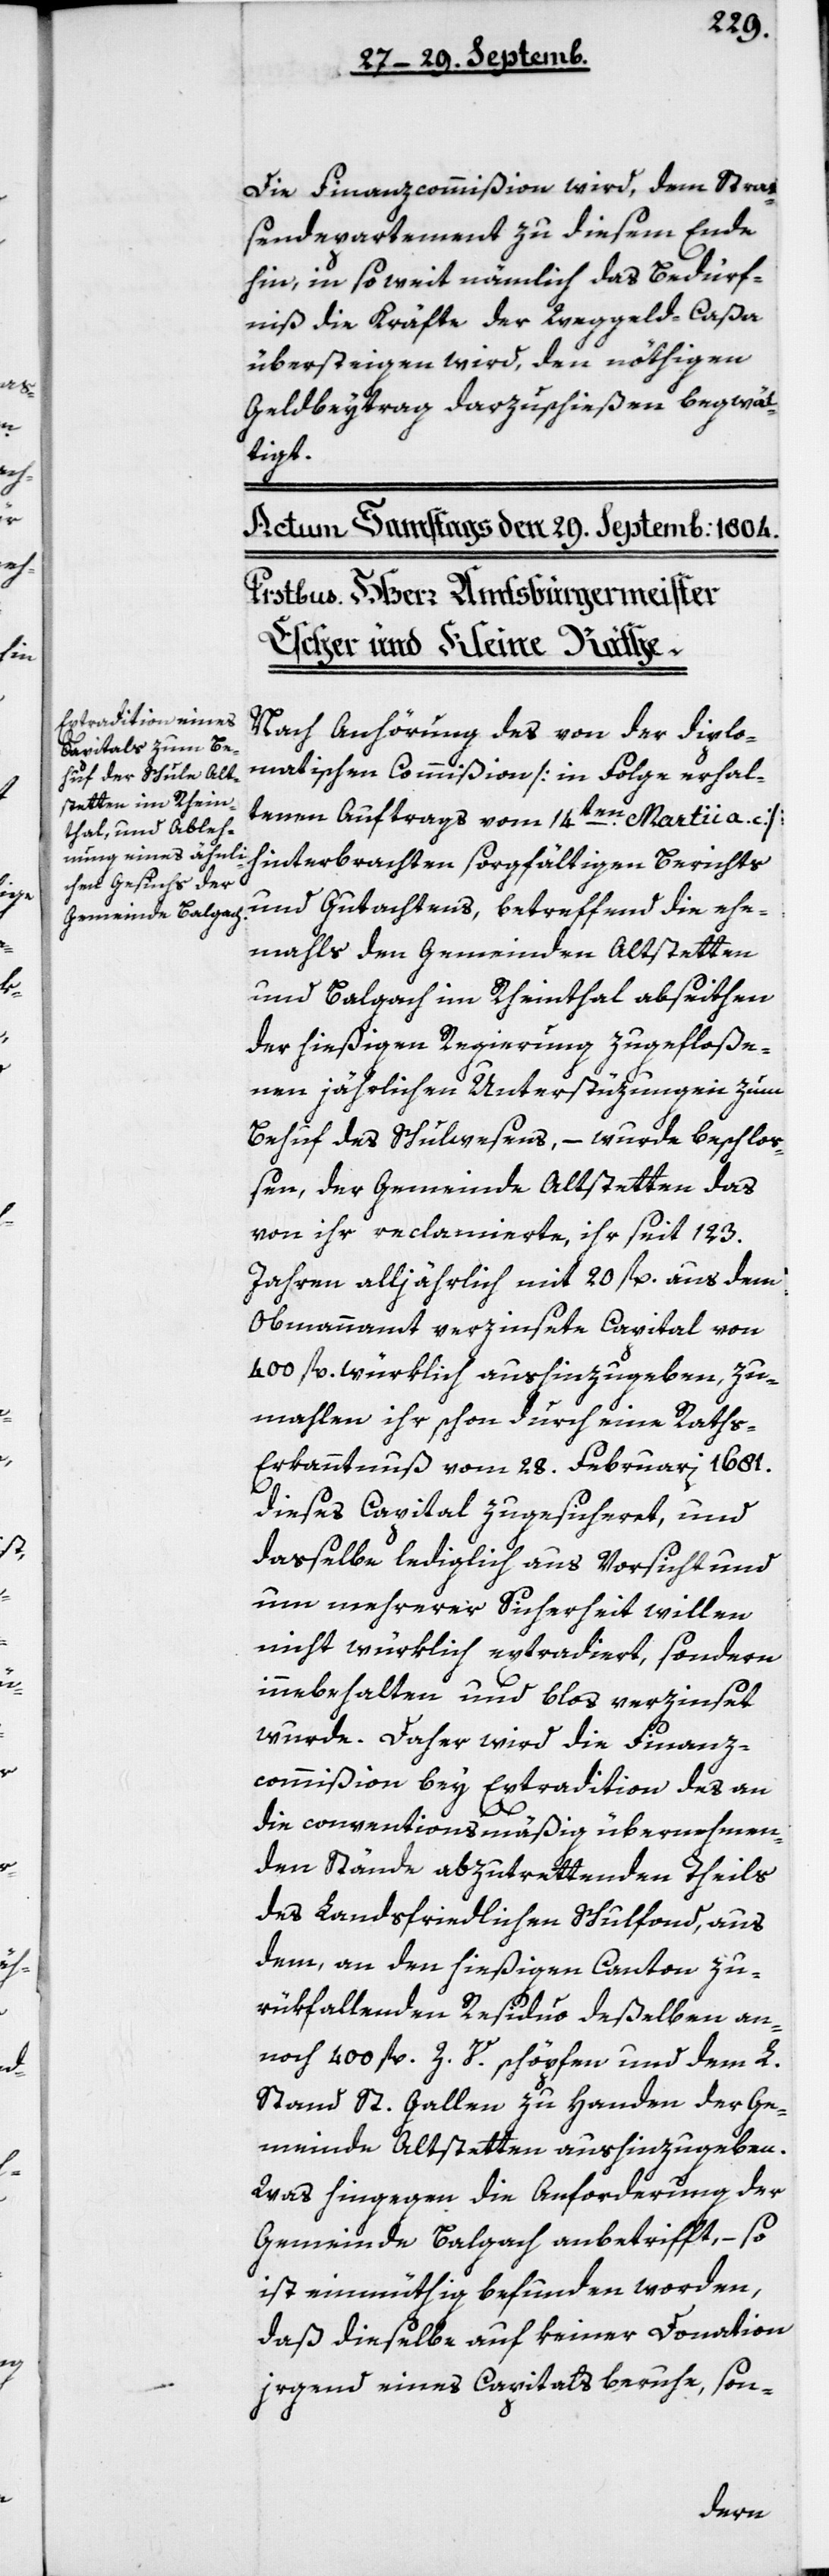
Die Finanzcommißion wird, dem Straß¬
endepartement zu diesem Ende
hin, in soweit nämlich das Bedürf¬
nis die Kräfte der Weggeld-Caßa
übersteigen wird, den nöthigen
Geldbeytrag darzuschießen begwäl¬
tigt.
Nach Anhörung des von der diplo¬
matischen Commißion [n Folge erhal¬
tenen Auftrags vom 14ten Martii a.c.]
hinterbrachten sorgfältigen Berichts
und Gutachtens, betreffend die ehe¬
mals den Gemeinden Altstetten
und Balgach im Rheintahl abseithen
der hießigen Regierung zugefloße¬
nen jährlichen Unterstüzungen zum
Behuf des Schulwesens, – wurde beschloß¬
en, der Gemeinde Altstetten das
von ihr reclamierte, ihr seit 123
Jahren alljährlich mit 20 fl. aus dem
Obmannamt verzinsete Capital von
400 fl. würklich aushinzugeben, zu¬
mahlen ihr schon durch eine Rath¬
s-Erkanntnuß vom 28 Februarii 1681
dieses Capital zugesicheret, und
daßelbe lediglich aus Vorsicht und
um mehrerer Sicherheit willen
nicht würklich extradiert, sondern
innebehalten und bloß verzinset
wurde. Daher wird die Finanz¬
commißion bey Extradition des an
die conventionsmäßig übernehmen¬
den Stände abzutrettenden Theils
des landsfriedlichen Schulfonds, aus
dem, an den hießigen Canton zu¬
rükfallenden Residuo deßelben an¬
noch 400 fl. Z.V. schöpfen und dem L.
Stand St. Gallen zu Handen der Ge¬
meinde Altstetten aushinzugeben.
Was hingegen die Anforderung der
Gemeinde Balgach anbetrifft, – so
ist einmüthig befunden worden,
daß dieselbe auf keiner Donation
irgend eines Capitals beruhe, son-